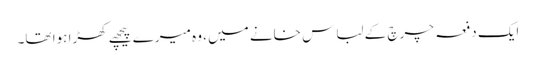
ایک دفعہ چرچ کے لباس خانے میں ، وہ میرے پیچھے کھڑا ہوا تھا۔